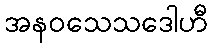
အနဝသေသဒေါဟီ